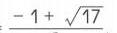
$\frac{-1 + \sqrt{17}}{}$